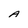
Character: A